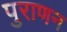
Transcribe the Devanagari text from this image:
पुराणन